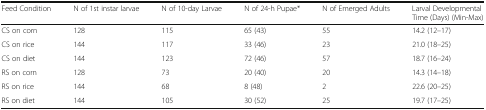
| Feed Condition | N of 1st instar larvae | N of 10-day Larvae | N of 24-h Pupae* | N of Emerged Adults | Larval Developmental Time (Days) (Min-Max) |
 | --- | --- | --- | --- | --- | --- |
 | CS on corn | 128 | 115 | 65 (43) | 55 | 14.2 (12–17) |
 | CS on rice | 144 | 117 | 33 (46) | 23 | 21.0 (18–25) |
 | CS on diet | 144 | 123 | 72 (46) | 57 | 18.7 (16–24) |
 | RS on corn | 128 | 73 | 20 (40) | 20 | 14.3 (14–18) |
 | RS on rice | 144 | 68 | 8 (48) | 2 | 22.6 (20–25) |
 | RS on diet | 144 | 105 | 30 (52) | 25 | 19.7 (17–25) |